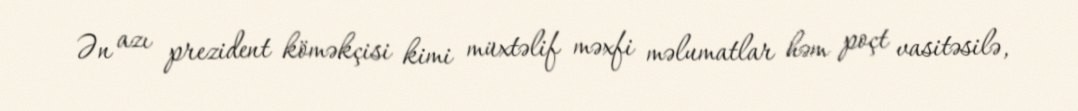
Ən azı prezident köməkçisi kimi müxtəlif məxfi məlumatlar həm poçt vasitəsilə,